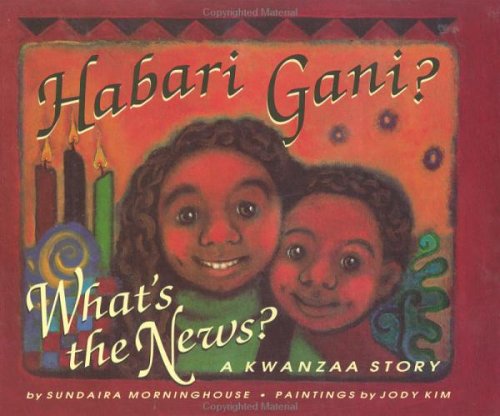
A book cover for Habari Gani?: What's the News? a Kwanzaa Story; Sundaira Morninghouse; Children's Books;